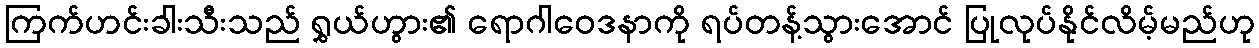
ကြက်ဟင်းခါးသီးသည် ရွှယ်ဟွား၏ ရောဂါဝေဒနာကို ရပ်တန့်သွားအောင် ပြုလုပ်နိုင်လိမ့်မည်ဟု